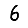
Digit: 6